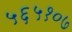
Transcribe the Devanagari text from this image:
५६५१०७